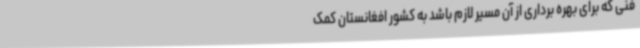
فنی که برای بهره برداری از آن مسیر لازم باشد به کشور افغانستان کمک